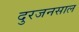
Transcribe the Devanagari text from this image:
दुरजनसाल